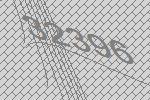
32396